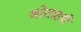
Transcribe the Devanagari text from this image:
जोताइयाँ